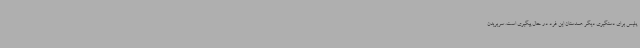
پلیس برای دستگیری دیگر همدستان این فرد در حال پیگیری است. سربریدن